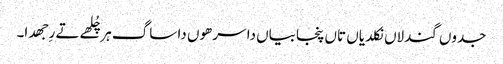
جدوں گندلاں نکلدیاں تاں پنجابیاں دا سرھوں دا ساگ ہر چُلھے تے رِجھدا۔